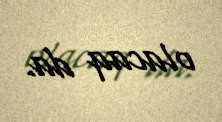
olacaq da.